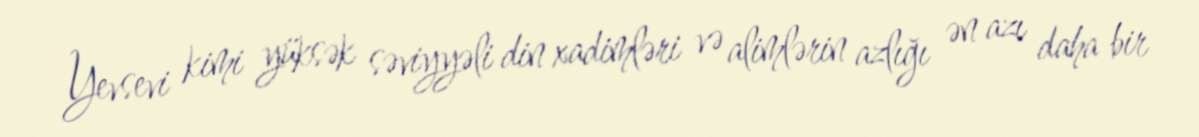
Yevsevi kimi yüksək səviyyəli din xadimləri və alimlərin azlığı ən azı daha bir